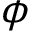
\phi